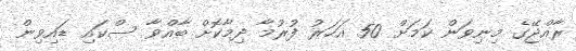
ރާއްޖޭގެ މިނިވަން ކަމަށް 50 އަހަރު ފުރުމާ ދިމާކޮށް ބާއްވާ ސްކައި ޑައިވިން